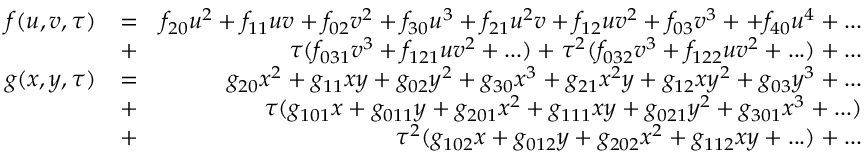
\begin{array} { r l r } { f ( u , v , \tau ) } & { = } & { f _ { 2 0 } u ^ { 2 } + f _ { 1 1 } u v + f _ { 0 2 } v ^ { 2 } + f _ { 3 0 } u ^ { 3 } + f _ { 2 1 } u ^ { 2 } v + f _ { 1 2 } u v ^ { 2 } + f _ { 0 3 } v ^ { 3 } + + f _ { 4 0 } u ^ { 4 } + . . . } \\ & { + } & { \tau ( f _ { 0 3 1 } v ^ { 3 } + f _ { 1 2 1 } u v ^ { 2 } + . . . ) + \tau ^ { 2 } ( f _ { 0 3 2 } v ^ { 3 } + f _ { 1 2 2 } u v ^ { 2 } + . . . ) + . . . } \\ { g ( x , y , \tau ) } & { = } & { g _ { 2 0 } x ^ { 2 } + g _ { 1 1 } x y + g _ { 0 2 } y ^ { 2 } + g _ { 3 0 } x ^ { 3 } + g _ { 2 1 } x ^ { 2 } y + g _ { 1 2 } x y ^ { 2 } + g _ { 0 3 } y ^ { 3 } + . . . } \\ & { + } & { \tau ( g _ { 1 0 1 } x + g _ { 0 1 1 } y + g _ { 2 0 1 } x ^ { 2 } + g _ { 1 1 1 } x y + g _ { 0 2 1 } y ^ { 2 } + g _ { 3 0 1 } x ^ { 3 } + . . . ) } \\ & { + } & { \tau ^ { 2 } ( g _ { 1 0 2 } x + g _ { 0 1 2 } y + g _ { 2 0 2 } x ^ { 2 } + g _ { 1 1 2 } x y + . . . ) + . . . } \end{array}